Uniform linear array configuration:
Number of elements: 48
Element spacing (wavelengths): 0.25
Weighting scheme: binomial
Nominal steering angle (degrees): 60
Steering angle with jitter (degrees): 60.113
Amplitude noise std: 0.05
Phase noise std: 0.05

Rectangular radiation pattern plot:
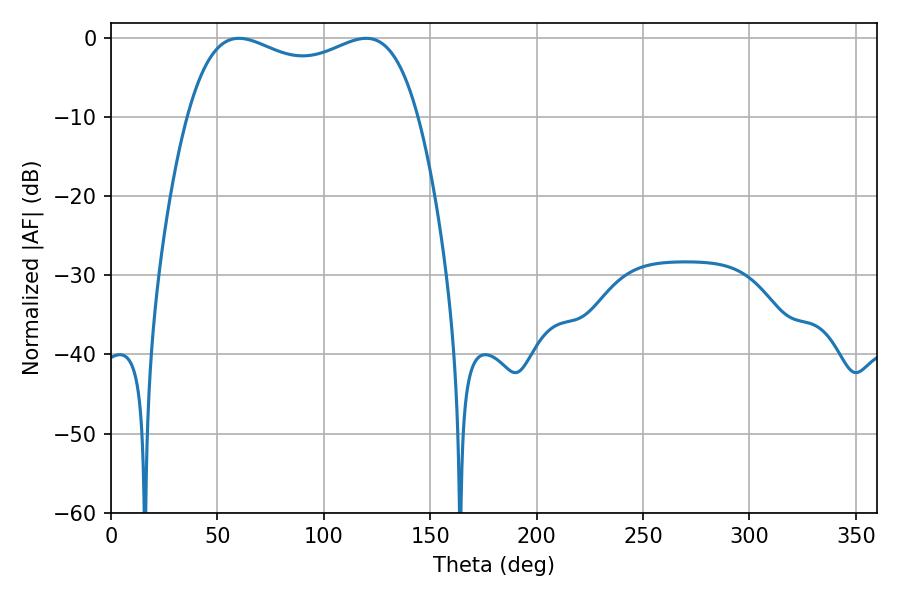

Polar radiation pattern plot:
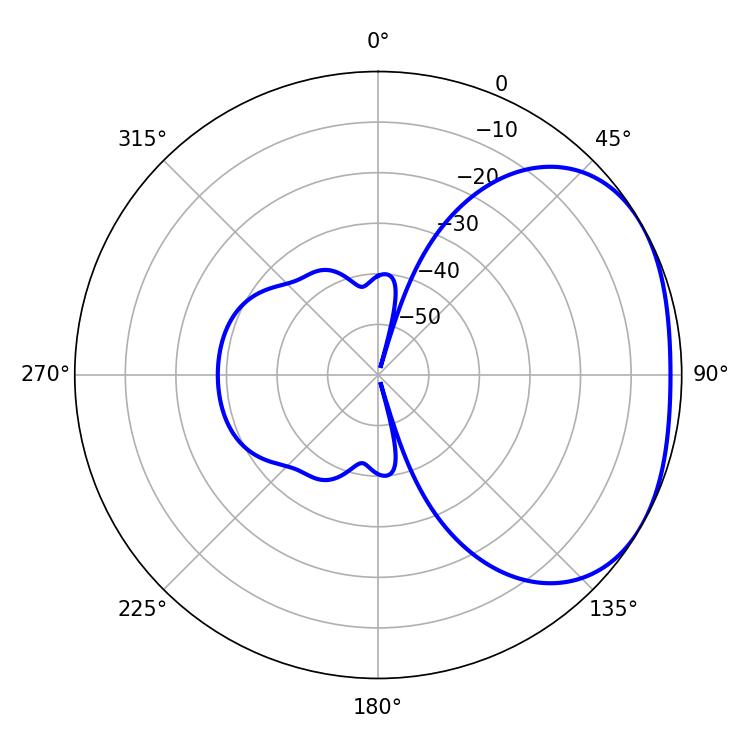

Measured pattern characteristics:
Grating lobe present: FALSE
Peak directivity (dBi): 2.316
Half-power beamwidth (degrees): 88.92
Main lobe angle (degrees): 60.12